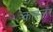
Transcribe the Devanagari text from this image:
कास्लर